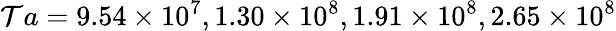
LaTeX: \mathcal{T}a=9.54\times10^{7},1.30\times10^{8},1.91\times10^{8},2.65\times10^{8}